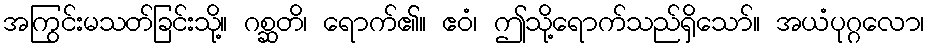
အကြွင်းမသတ်ခြင်းသို့။ ဂစ္ဆတိ၊ ရောက်၏။ ဧဝံ၊ ဤသို့ရောက်သည်ရှိသော်။ အယံပုဂ္ဂလော၊